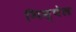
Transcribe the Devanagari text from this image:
गिम्पेल